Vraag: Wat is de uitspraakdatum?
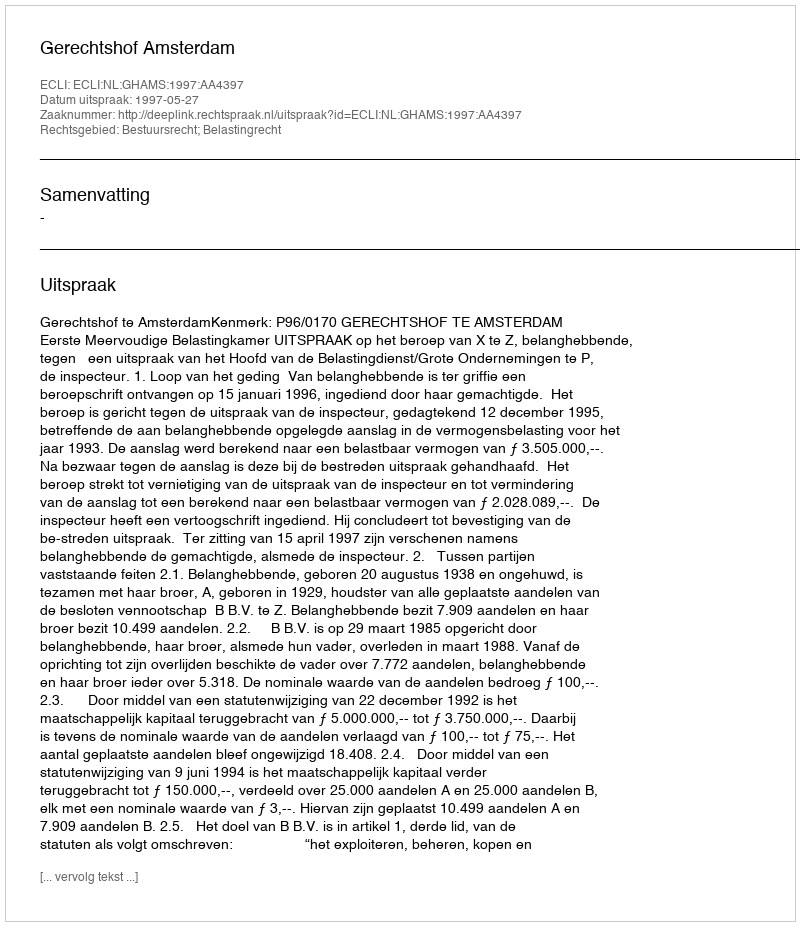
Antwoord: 1997-05-27